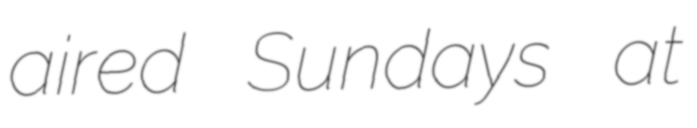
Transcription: aired Sundays at